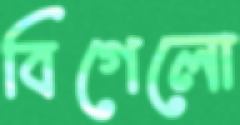
বিগেলো